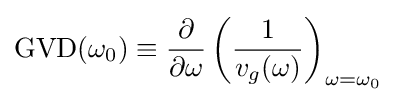
{\text{GVD}}(\omega _{0})\equiv {\frac {\partial }{\partial \omega }}\left({\frac {1}{v_{g}(\omega )}}\right)_{\omega =\omega _{0}}